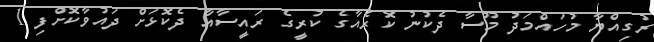
ރުގިއްޔާ މުހައްމަދު މޫސާ ދެކުނު ކޮރެއާގެ ކުރީގެ ރައީސާއާ ދެކޮޅަށް ދައުވާކޮށްފި 1